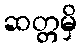
ဆတ္တမှိ